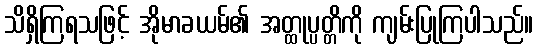
သိရှိကြရသဖြင့် အိုမာခယမ်၏ အတ္ထုပ္ပတ္တိကို ကျမ်းပြုကြပါသည်။